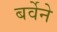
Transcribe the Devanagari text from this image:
बर्वेने